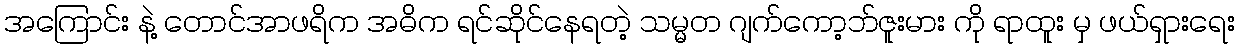
အကြောင်း နဲ့ တောင်အာဖရိက အဓိက ရင်ဆိုင်နေရတဲ့ သမ္မတ ဂျက်ကော့ဘ်ဇူးမား ကို ရာထူး မှ ဖယ်ရှားရေး